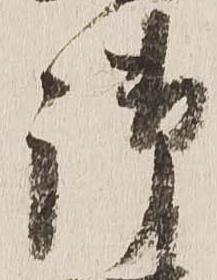
御